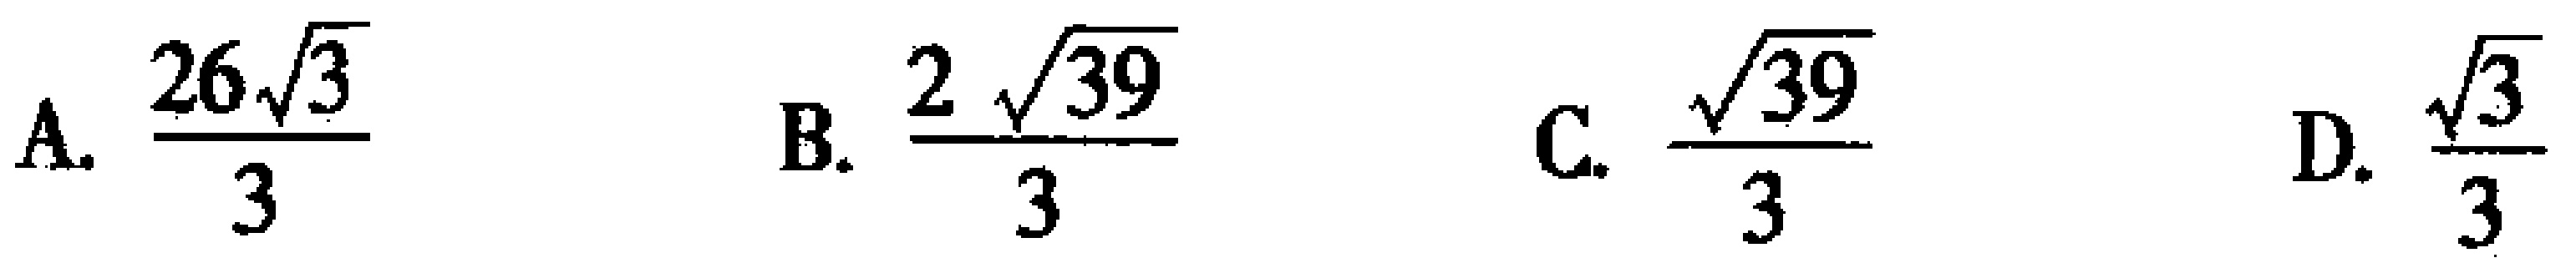
A. $\frac{26\sqrt{3}}{3}$  B. $\frac{2\sqrt{39}}{3}$  C. $\frac{\sqrt{39}}{3}$  D. $\frac{\sqrt{3}}{3}$